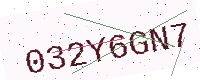
Text: 032Y6GN7